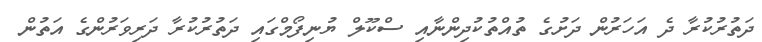
ދަތުރުކުރާ ދެ އަހަރުން ދަށުގެ ތުއްތުކުދިންނާއި ސްކޫލް ޔުނިފޯމްގައި ދަތުރުކުރާ ދަރިވަރުންގެ އަތުން